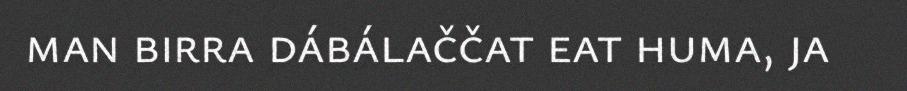
man birra dábálaččat eat huma, ja